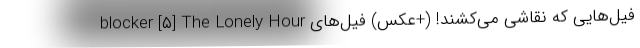
blocker [۵] The Lonely Hour فیل‌هایی که نقاشی می‌کشند! (+عکس) فیل‌های